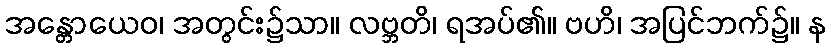
အန္တောယေဝ၊ အတွင်း၌သာ။ လဗ္ဘတိ၊ ရအပ်၏။ ဗဟိ၊ အပြင်ဘက်၌။ န